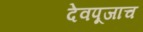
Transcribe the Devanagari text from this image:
देवपूजाच